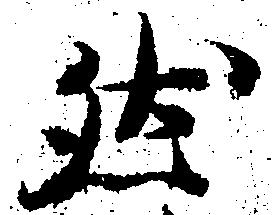
然